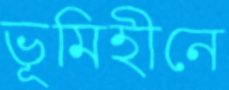
ভূমিহীনে